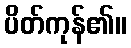
ပိတ်ကုန်၏။